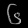
Digit: ၆